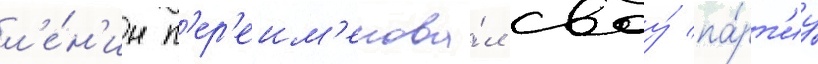
л'е́н'ин п'ер'еим'енова́л своу́ па́рт'иу